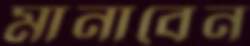
মানাবেন